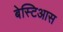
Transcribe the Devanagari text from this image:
बेस्टिआस